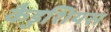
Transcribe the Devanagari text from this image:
कैडुशियस